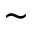
\sim